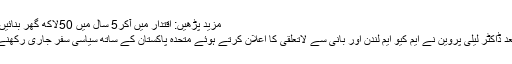
مزید پڑھیں: اقتدار میں آکر5 سال میں 50لاکھ گھر بنائیں گے، عمران خان
تیئس اگست کے بعد ڈاکٹر لیلیٰ پروین نے ایم کیو ایم لندن اور بانی سے لاتعلقی کا اعلان کرتے ہوئے متحدہ پاکستان کے ساتھ سیاسی سفر جاری رکھنے کا اعلان کیا تھا۔